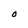
Character: 0